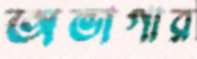
অভাগার